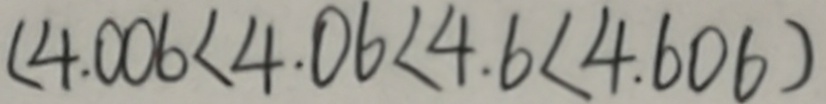
( 4 . 0 0 6 < 4 . 0 6 < 4 . 6 < 4 . 6 0 6 )